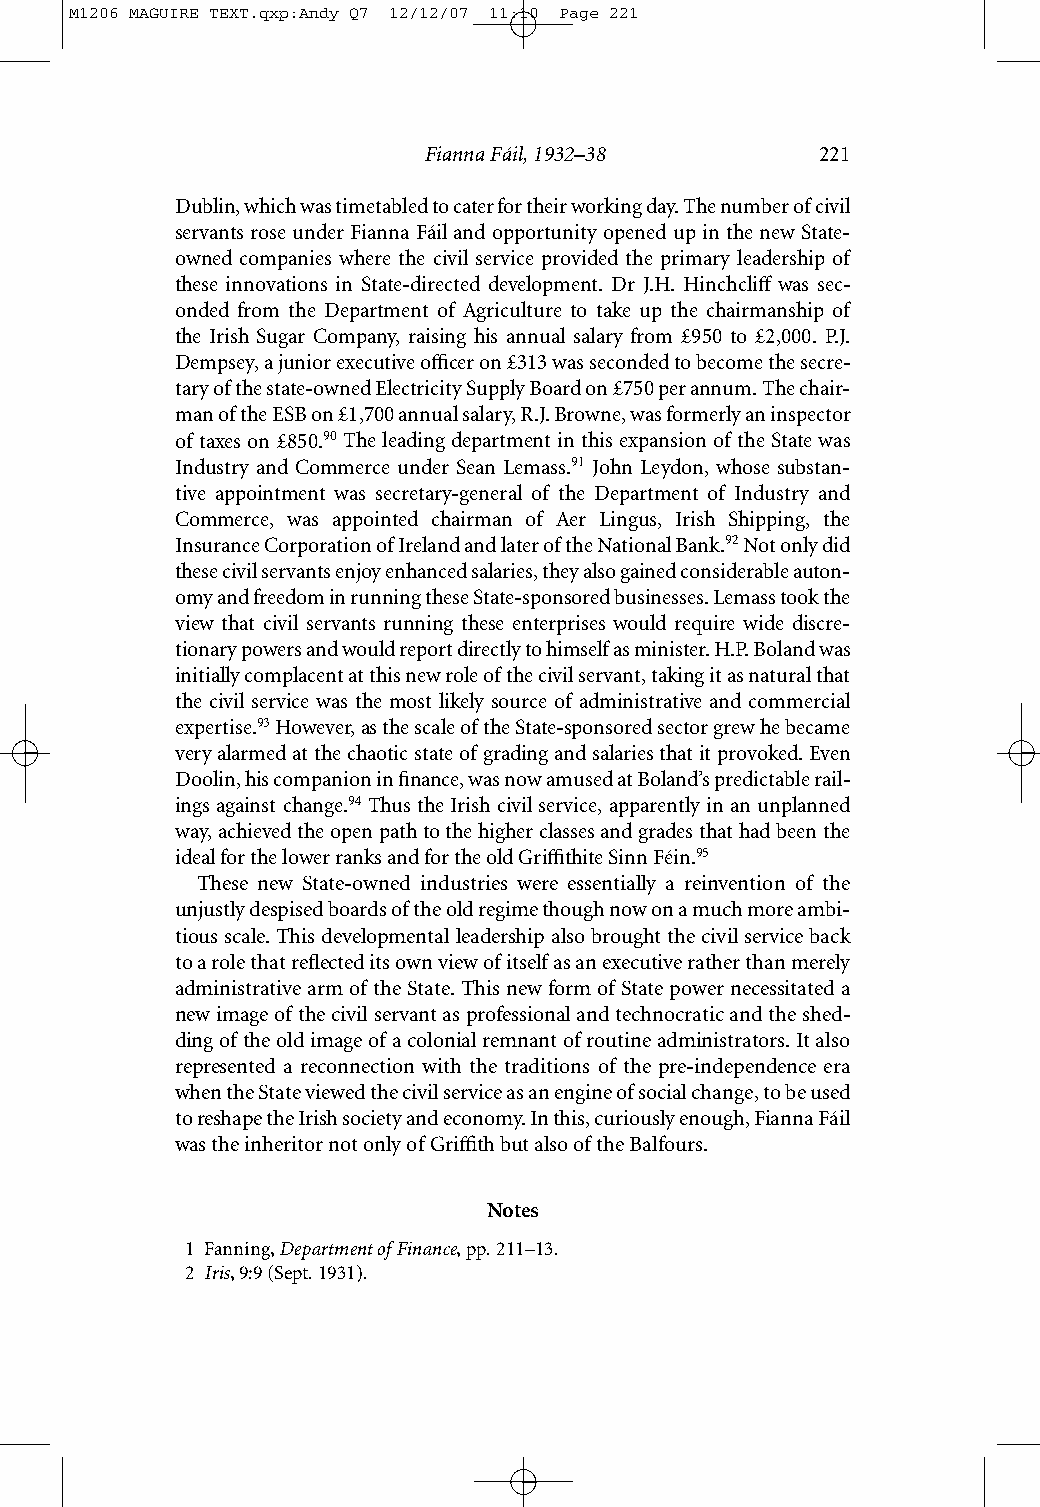
M1206 MAGUIRE TEXT.qxp:Andy Q7 12/12/07 11:10 Page 221
 Fianna Fáil, 1932–38      221
 Dublin, which was timetabled to cater for their working day. The number of civil
 servants rose under Fianna Fáil and opportunity opened up in the new State-
 owned companies where the civil service provided the primary leadership of
 these innovations in State-directed development. Dr J.H. Hinchcliff was sec-
 onded from the Department of Agriculture to take up the chairmanship of
 the Irish Sugar Company, raising his annual salary from £950 to £2,000. P.J.
 Dempsey, a junior executive officer on £313 was seconded to become the secre-
 tary of the state-owned Electricity Supply Board on £750 per annum. The chair-
 man of the ESB on £1,700 annual salary, R.J. Browne, was formerly an inspector
 of taxes on £850.90 The leading department in this expansion of the State was
 Industry and Commerce under Sean Lemass.91 John Leydon, whose substan-
 tive appointment was secretary-general of the Department of Industry and
 Commerce, was appointed chairman of Aer Lingus, Irish Shipping, the
 Insurance Corporation of Ireland and later of the National Bank.92Not only did
 these civil servants enjoy enhanced salaries, they also gained considerable auton-
 omy and freedom in running these State-sponsored businesses. Lemass took the
 view that civil servants running these enterprises would require wide discre-
 tionary powers and would report directly to himself as minister. H.P. Boland was
 initially complacent at this new role of the civil servant, taking it as natural that
 the civil service was the most likely source of administrative and commercial
 expertise.93However, as the scale of the State-sponsored sector grew he became
 very alarmed at the chaotic state of grading and salaries that it provoked. Even
 Doolin, his companion in finance, was now amused at Boland’s predictable rail-
 ings against change.94 Thus the Irish civil service, apparently in an unplanned
 way, achieved the open path to the higher classes and grades that had been the
 ideal for the lower ranks and for the old Griffithite Sinn Féin.95
 These new State-owned industries were essentially a reinvention of the
 unjustly despised boards of the old regime though now on a much more ambi-
 tious scale. This developmental leadership also brought the civil service back
 to a role that reflected its own view of itself as an executive rather than merely
 administrative arm of the State. This new form of State power necessitated a
 new image of the civil servant as professional and technocratic and the shed-
 ding of the old image of a colonial remnant of routine administrators. It also
 represented a reconnection with the traditions of the pre-independence era
 when the State viewed the civil service as an engine of social change, to be used
 to reshape the Irish society and economy. In this, curiously enough, Fianna Fáil
 was the inheritor not only of Griffith but also of the Balfours.
 Notes
 1 Fanning, Department of Finance, pp.211–13.
 2 Iris, 9:9 (Sept. 1931).